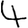
Digit: 4